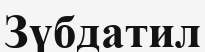
Зүбдатил